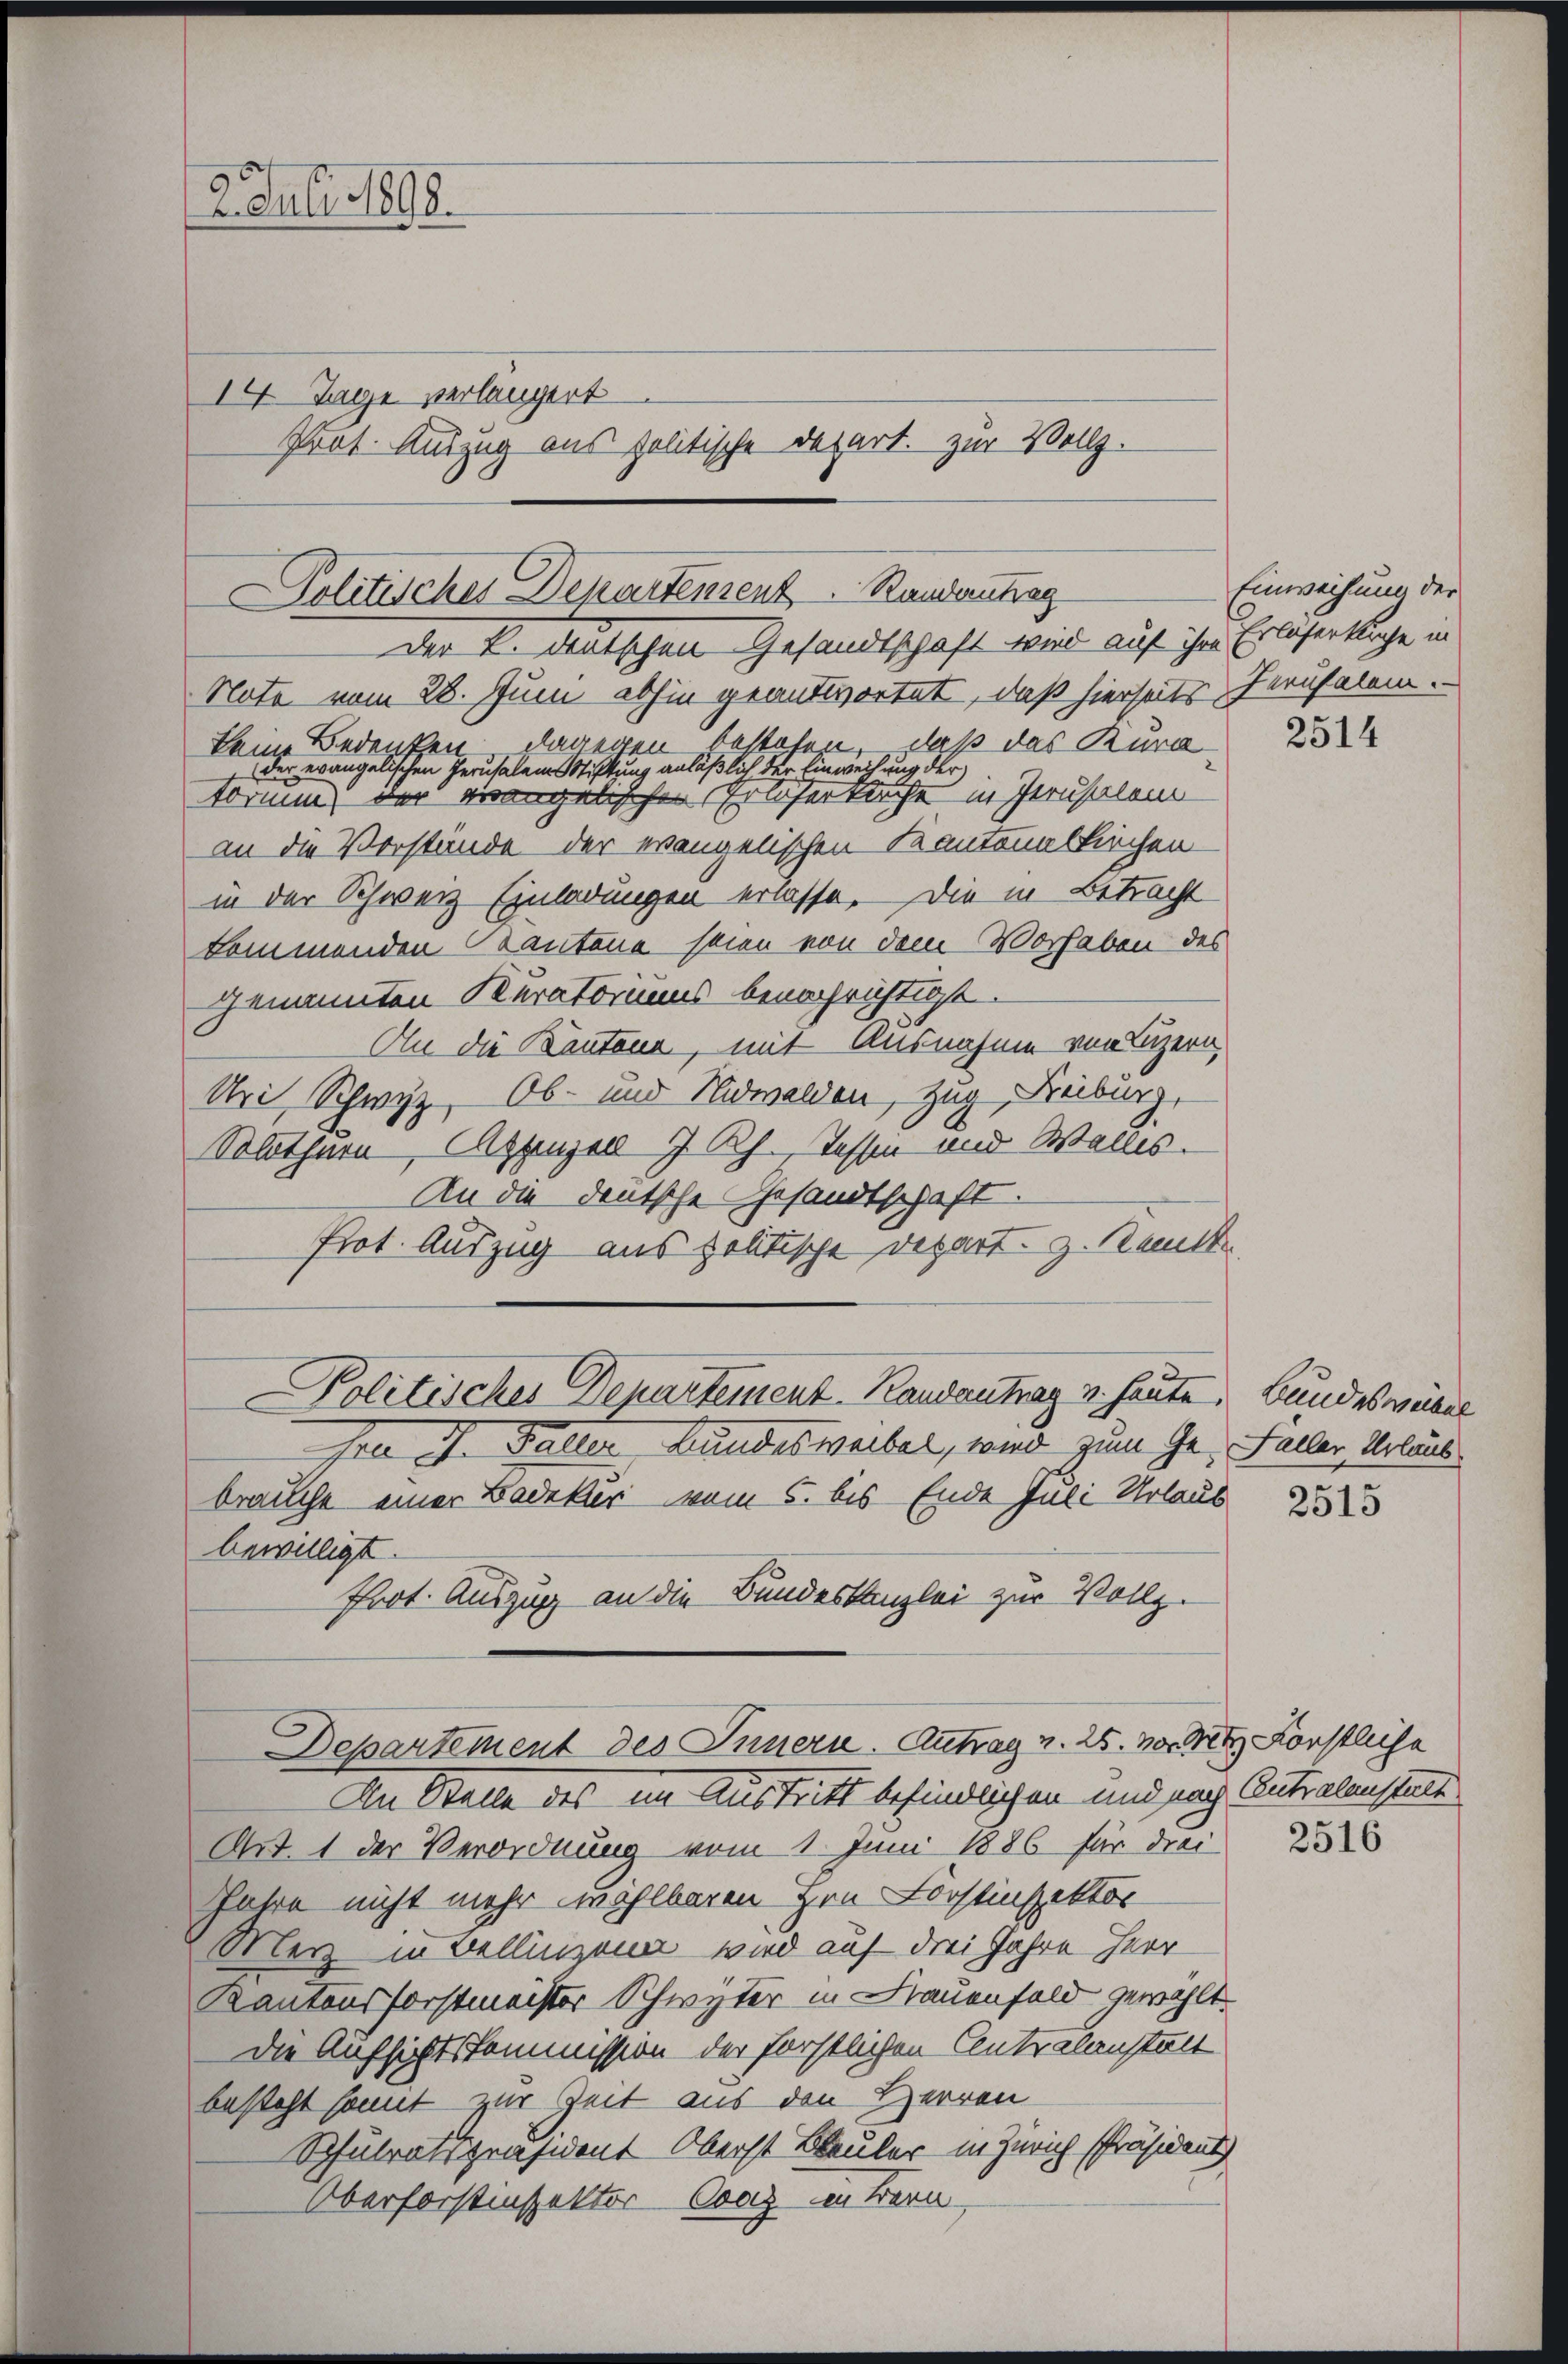
2. Juli 1898.
14. Tage verlängert
Prot. Auszug aus politische Depart. zur Vollz.

Politisches Departensent.        Randantrag
Der k. deutschen Gesandtschaft wird auf ihre Erlesertage in

Note vom 28. Juni abhin geantwortet, daß hierseits Perusalem.
keine Bedenken dagegen bestehen, daß das Kura-
der evangelischen Perusalem Stiftung anläßlich der Einweisung der
torium der verangelischen Erlicher kirche in Jerusalem
an die Vorstände der evangelischen Kantonalkirchen
in der Schweiz Einladungen erlasse. Die in Betracht
kommenden Kantone stien von dem Vorhaben des
genannten Kuratoriums benachrichtigt.
An die Kantone, mit Ausnahme von Luzern
Uri, Schwyz, Ob- und Nidwalden, Zug, Freiburg,
Solothurn, Appenzell 7 Rp. Tessen und Wallis.
An die deutsche Gesandtschaft.
Prot. Auszug aus politische Depart z. Kant
rn J. Faller Bundesweibel, wird zum Ge- Faller Urlaub
brauche einer Badekur vom 5. bis Ende Juli Urlaub
bewilligt.
frot. Auszug an die Bundeskanzlei zur Vollz.
Departement des Innern. Antrag v. 25. vor. Mit Förstliche
An Stelle des im Austritt befindlichen und nach Antralenstalt
Art. 1 der Verordnung vom 1. Juni 1886 für drei
Jahre nicht mehr wählbaren Hrn. Forstinspektor
Merz in Bellingen wird auf drei Jahre Herr
Kantonsforstmeister Schwyter in Frauenfeld gewählt.
Die Aufsichtskommission der forstlichen Centralanstalt
besteht somit zur Zeit aus den Herren
Schulratspräsident Oberst Bleuler in Zürich Präsident
Oberforstinspektor Conz in Bern,

Politisches Departement. Randantrag u. heute. Bundesversel

Einweisung der

2514

2515

2516